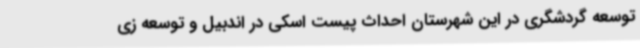
توسعه گردشگری در این شهرستان احداث پیست اسکی در اندبیل و توسعه زی